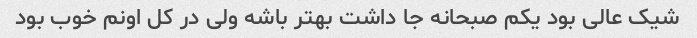
شیک عالی بود یکم صبحانه جا داشت بهتر باشه ولی در کل اونم خوب بود